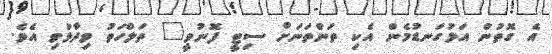
އެ ގޮތުން އަޅުގަނޑުމެން އެކި ތަންތަނަށް ސިޓީ ފޮނުވީ" ތަލްހަތު ވިދާޅުވި އެވެ.